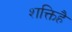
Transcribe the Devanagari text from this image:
शक्तिहै